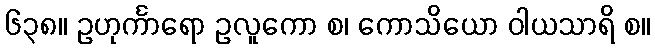
၆၃၈။ ဥဟုင်္ကာရော ဥလူကော စ၊ ကောသိယော ဝါယသာရိ စ။